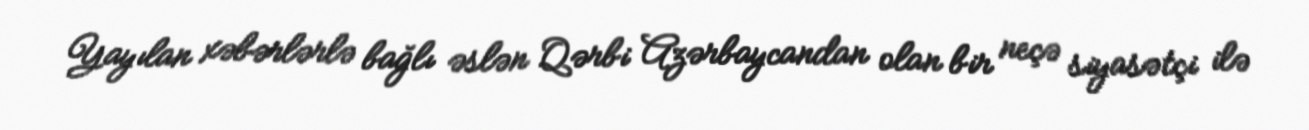
Yayılan xəbərlərlə bağlı əslən Qərbi Azərbaycandan olan bir neçə siyasətçi ilə